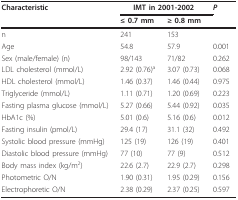
<table><thead><tr><td><b>Characteristic</b></td><td colspan="2"><b>IMT in 2001-2002</b></td><td><b><i>P</i></b></td></tr><tr><td></td><td><b>≤ 0.7 mm</b></td><td><b>≥ 0.8 mm</b></td><td></td></tr></thead><tbody><tr><td>n</td><td>241</td><td>153</td><td></td></tr><tr><td>Age</td><td>54.8</td><td>57.9</td><td>0.001</td></tr><tr><td>Sex (male/female) (n)</td><td>98/143</td><td>71/82</td><td>0.262</td></tr><tr><td>LDL cholesterol (mmol/L)</td><td>2.92 (0.76)<sup>a</sup></td><td>3.07 (0.73)</td><td>0.068</td></tr><tr><td>HDL cholesterol (mmol/L)</td><td>1.46 (0.37)</td><td>1.46 (0.44)</td><td>0.975</td></tr><tr><td>Triglyceride (mmol/L)</td><td>1.11 (0.71)</td><td>1.20 (0.69)</td><td>0.223</td></tr><tr><td>Fasting plasma glucose (mmol/L)</td><td>5.27 (0.66)</td><td>5.44 (0.92)</td><td>0.035</td></tr><tr><td>HbA1c (%)</td><td>5.01 (0.6)</td><td>5.16 (0.6)</td><td>0.012</td></tr><tr><td>Fasting insulin (pmol/L)</td><td>29.4 (17)</td><td>31.1 (32)</td><td>0.492</td></tr><tr><td>Systolic blood pressure (mmHg)</td><td>125 (19)</td><td>126 (19)</td><td>0.401</td></tr><tr><td>Diastolic blood pressure (mmHg)</td><td>77 (10)</td><td>77 (9)</td><td>0.512</td></tr><tr><td>Body mass index (kg/m<sup>2</sup>)</td><td>22.6 (2.7)</td><td>22.9 (2.7)</td><td>0.298</td></tr><tr><td>Photometric O/N</td><td>1.90 (0.31)</td><td>1.95 (0.29)</td><td>0.156</td></tr><tr><td>Electrophoretic O/N</td><td>2.38 (0.29)</td><td>2.37 (0.25)</td><td>0.597</td></tr></tbody></table>